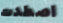
اصطدت